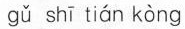
gǔ shī tián kòng